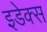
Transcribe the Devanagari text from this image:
इडेक्स